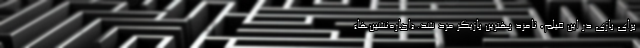
برای بازی در این فیلم، نامزد بهترین بازیگر مرد شد. «اجاره‌نشین‌ها»